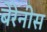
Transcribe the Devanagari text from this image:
बेरेनीस